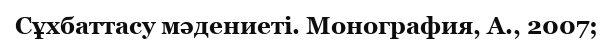
Сұхбаттасу мәдениеті. Монография, А., 2007;